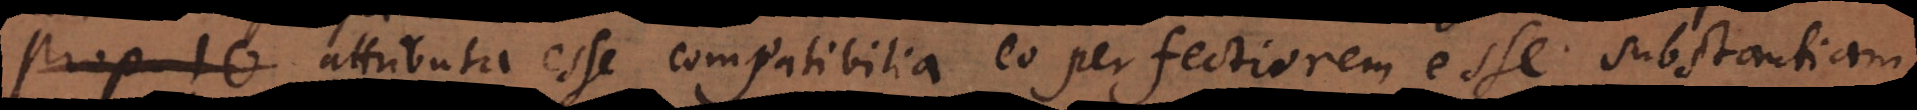
o attributa esse compatibilia eo perfectiorem esse substantiam